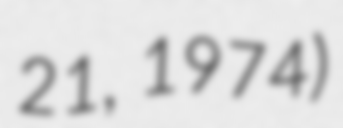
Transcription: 21, 1974)